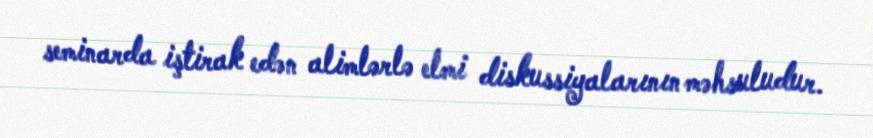
seminarda iştirak edən alimlərlə elmi diskussiyalarının məhsuludur.